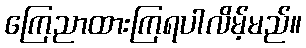
ကြေညာထားကြရပါလိမ့်မည်။